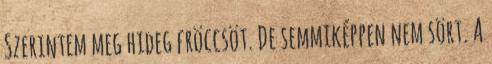
Szerintem meg hideg fröccsöt. De semmiképpen nem sört. A